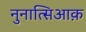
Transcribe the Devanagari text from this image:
नुनात्सिआक़